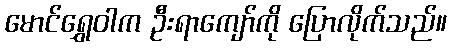
မောင်ရွှေဝါက ဦးရာကျော်ကို ပြောလိုက်သည်။